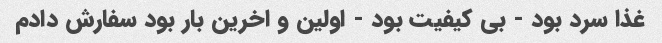
غذا سرد بود - بی کیفیت بود - اولین و اخرین بار بود سفارش دادم